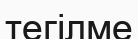
тегілме